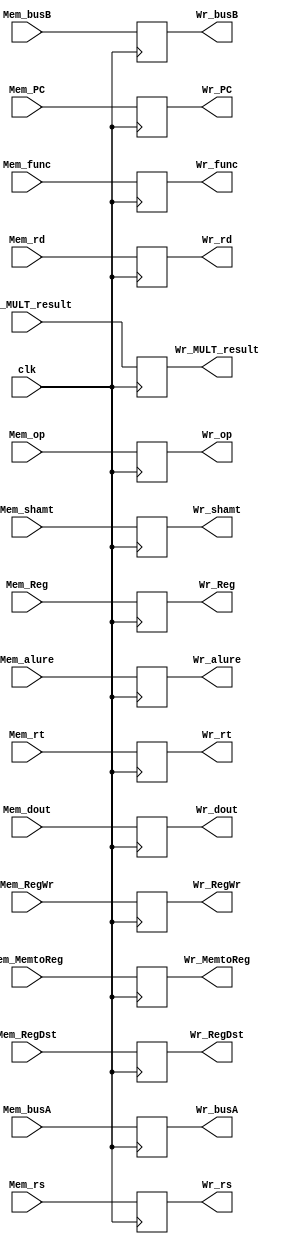
module Mem_Wr(Mem_op,Mem_Reg,Mem_RegWr,Mem_MemtoReg,Mem_alure,Mem_dout,Mem_PC,Mem_rs,Mem_rt,Mem_rd,Mem_shamt,Mem_func,Mem_RegDst,Mem_busA,Mem_busB,clk,
Wr_op,Wr_Reg,Wr_RegWr,Wr_MemtoReg,Wr_alure,Wr_dout,Wr_PC,Wr_rs,Wr_rt,Wr_rd,Wr_shamt,Wr_func,Wr_RegDst,Wr_busA,Wr_busB,
Mem_MULT_result,Wr_MULT_result);
//Mem_Wr segement register
	input[5:0]	Mem_op;
	input[4:0]	Mem_Reg;
	input 		Mem_RegWr,Mem_MemtoReg;
	input[31:0]	Mem_alure;
	input[31:0]	Mem_dout;
	input		clk;

	input[31:2]	Mem_PC;
	input[4:0]	Mem_rs,Mem_rt,Mem_rd,Mem_shamt;
	input[5:0]	Mem_func;
	input	Mem_RegDst;
	input[31:0]	Mem_busA,Mem_busB;
	input[63:0]	Mem_MULT_result;

	output reg[5:0]	Wr_op;
	output reg[4:0]	Wr_Reg;
	output reg	Wr_RegWr,Wr_MemtoReg;
	output reg[31:0]	Wr_alure;
	output reg[31:0]	Wr_dout;

	output reg[31:2]	Wr_PC;
	output reg[4:0]	Wr_rs,Wr_rt,Wr_rd,Wr_shamt;
	output reg[5:0]	Wr_func;
	output reg	Wr_RegDst;
	output reg[31:0]	Wr_busA,Wr_busB;
	output reg[63:0]	Wr_MULT_result;
	
	initial 
	begin
		Wr_op = 0;
		Wr_Reg = 0;
		Wr_RegWr = 0;
		Wr_MemtoReg = 0;
		Wr_alure = 0;
		Wr_dout = 0;
		Wr_PC = 0;
		Wr_rs = 0;
		Wr_rt = 0;
		Wr_rd = 0;
		Wr_shamt = 0;
		Wr_func = 0;
		Wr_RegDst = 0;
		Wr_busA = 0;
		Wr_busB = 0;
		Wr_MULT_result = 0;
	end
//initial assignment

	always@(negedge clk)
	begin
		Wr_op <= Mem_op;
		Wr_Reg <= Mem_Reg;
		Wr_RegWr <= Mem_RegWr;
		Wr_MemtoReg <= Mem_MemtoReg;
		Wr_alure <= Mem_alure;
		Wr_dout <= Mem_dout;
		Wr_PC <= Mem_PC;
		Wr_rs <= Mem_rs;
		Wr_rt <= Mem_rt;
		Wr_rd <= Mem_rd;
		Wr_shamt <= Mem_shamt;
		Wr_func <= Mem_func;
		Wr_RegDst <= Mem_RegDst;
		Wr_busA <= Mem_busA;
		Wr_busB <= Mem_busB;
		Wr_MULT_result <= Mem_MULT_result;
	end
//normal assignment
endmodule